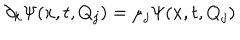
\partial _ { k } \Psi ( x , t , Q _ { j } ) = \mu _ { j } \Psi ( x , t , Q _ { j } )